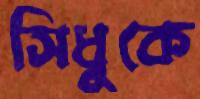
সিধুকে